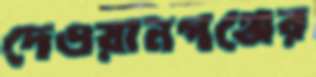
দেওয়ানগঞ্জের